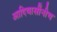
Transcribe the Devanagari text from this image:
आदिवासींनीच